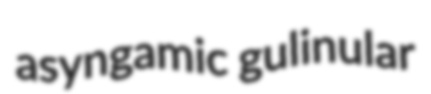
asyngamic gulinular